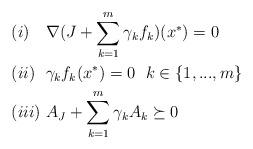
LaTeX: \begin{align*} &(i)\ \ \ \nabla(J+\sum\limits_{k=1}^m\gamma_k f_k)(x^*)=0\\ &(ii)\ \ \gamma_kf_k(x^*)=0\ \ k\in\{1,...,m\}\\ &(iii)\ A_J+\sum\limits_{k=1}^m\gamma_kA_k\succeq0 \end{align*}